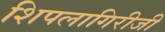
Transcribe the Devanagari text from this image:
शिपलागिरीजी